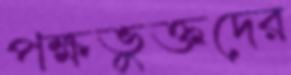
পক্ষভুক্তদের